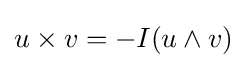
{u}\times {v}=-I({u}\wedge {v})